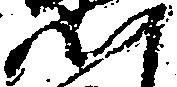
門